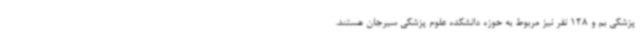
پزشکی بم و 128 نفر نیز مربوط به حوزه دانشکده علوم پزشکی سیرجان هستند.